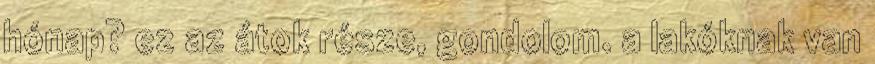
hónap? ez az átok része, gondolom. a lakóknak van